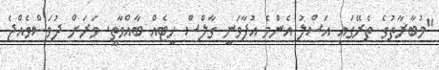
"މުބާރާތުގެ ތެރޭގައި އަސްލު އެންމެ އުފާވަނީ ގާލްސް ހީޓެއް ބާއްވާތީ. ވަރަށް ދުވަސްވެއްޖެ